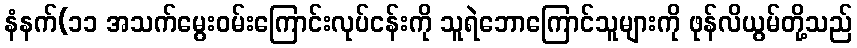
နံနက်(၁၁ အသက်မွေးဝမ်းကြောင်းလုပ်ငန်းကို သူရဲဘောကြောင်သူများကို ဖုန်လိယွမ်တို့သည်